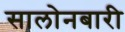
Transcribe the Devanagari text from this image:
सालोनबारी